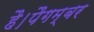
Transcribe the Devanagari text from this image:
है।पैगम्बर